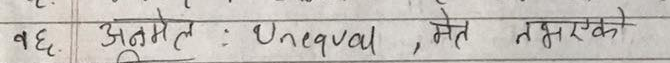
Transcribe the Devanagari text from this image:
ब६. अनुमेल : Unequal , येत नसोरको